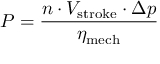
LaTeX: P = { \frac { n \cdot V _ { \mathrm { s t r o k e } } \cdot \Delta p } { \eta _ { \mathrm { m e c h } } } }